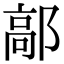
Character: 鄗